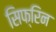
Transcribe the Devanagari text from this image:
सिफ्रिन